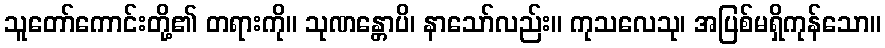
သူတော်ကောင်းတို့၏ တရားကို။ သုဏန္တောပိ၊ နာသော်လည်း။ ကုသလေသု၊ အပြစ်မရှိကုန်သော။